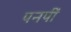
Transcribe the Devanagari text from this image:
पनपीं